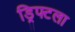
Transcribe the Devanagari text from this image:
ड्रिफ्टला